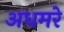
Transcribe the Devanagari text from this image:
अधमरे